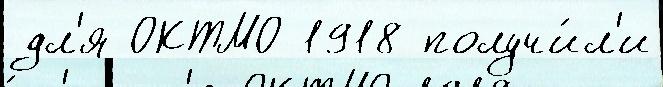
дл'я ОКТМО 1918 получи́л'и